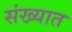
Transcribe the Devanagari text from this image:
संख्यात